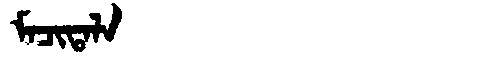
Manchu: ᠮᠠᠴᡳᡨᠠᠯᠠ
Romanization: MACITALA